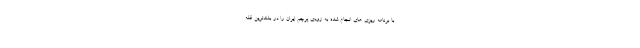
با برنامه ریزی های انجام شده به زودی پرچم ایران را در بلندترین قله